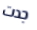
جدت